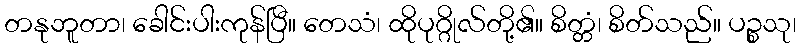
တနုဘူတာ၊ ခေါင်းပါးကုန်ပြီ။ တေသံ၊ ထိုပုဂ္ဂိုလ်တို့၏။ စိတ္တံ၊ စိတ်သည်။ ပဉ္စသု၊